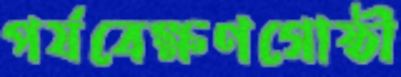
পর্যবেক্ষণগোষ্ঠী